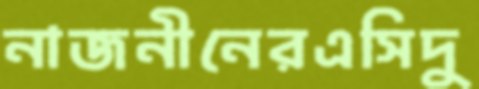
নাজনীনেরএসিদু